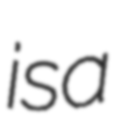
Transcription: is a